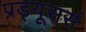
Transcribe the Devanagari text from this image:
प्रड्यूसर्स